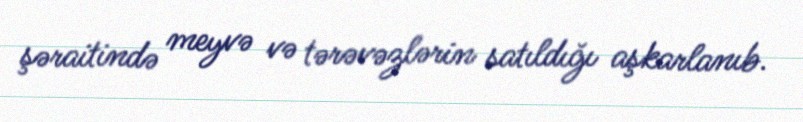
şəraitində meyvə və tərəvəzlərin satıldığı aşkarlanıb.